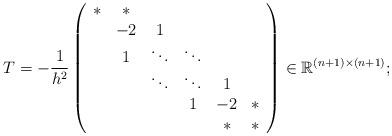
LaTeX: \begin{align*}T=-\frac{1}{h^2}\left(\begin{array}{cccccc}* & * & & & &\\* & -2 & 1 & & &\\& 1 & \ddots & \ddots & &\\&& \ddots & \ddots & 1 & \\&& & 1 & -2 & * \\&&& & * & *\\\end{array}\right)\in\mathbb{R}^{(n+1)\times (n+1)}; \end{align*}